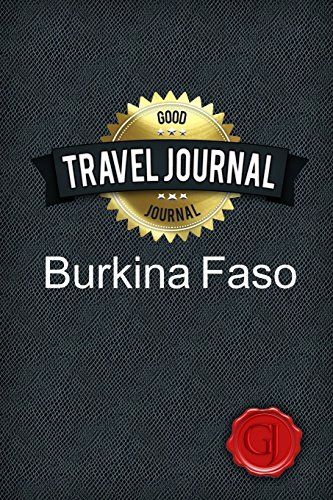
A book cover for Travel Journal Burkina Faso; Good Journal; Travel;